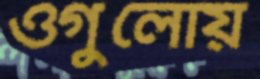
ওগুলোয়